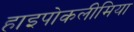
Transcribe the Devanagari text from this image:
हाइपोकलीमिया